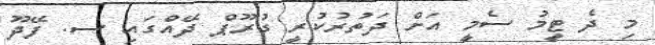
މި ދެ ޓީމު ސެމީ އަށް ދަތުރުކުރީ ގުރޫޕް ދޭއްގައި ސ. ފޭދޫ